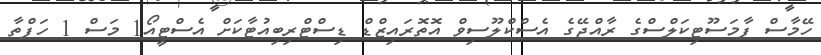
ހޭމާސް ފާމަސޫޓިކަލްސްގެ ރާއްޖޭގެ އެސްކްލޫސިވް އޮތޮރައިޒްޑް ޑިސްޓްރިބިއުޓާކަށް އެސްޓީއޯ1 މަސް 1 ހަފްތާ